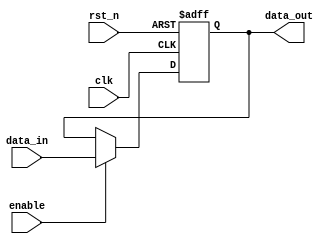
module InputRegister #(
    parameter DATA_WIDTH = 8  // Define the width of the register (number of bits)
)(
    input wire clk,            // Clock signal
    input wire rst_n,         // Active-low reset signal
    input wire enable,        // Enable signal for capturing data
    input wire [DATA_WIDTH-1:0] data_in, // Input data lines
    output reg [DATA_WIDTH-1:0] data_out // Output data lines
);

// Sequential logic block
always @(posedge clk or negedge rst_n) begin
    if (!rst_n) begin
        // Reset the register to known state (zero)
        data_out <= {DATA_WIDTH{1'b0}};
    end else if (enable) begin
        // Capture input data on the rising edge of the clock when enabled
        data_out <= data_in;
    end
    // If enable is not active, retain the previous value of data_out
end

endmodule